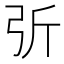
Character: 𢏂